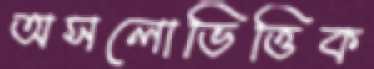
অসলোভিত্তিক